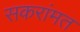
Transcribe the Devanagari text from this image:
सकरांमत